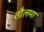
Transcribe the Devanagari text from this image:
तौलमा